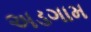
અડગામ